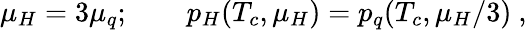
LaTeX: \mu_{H}=3\mu_{q};\qquad p_{H}(T_{c},\mu_{H})=p_{q}(T_{c},\mu_{H}/3)~,